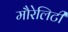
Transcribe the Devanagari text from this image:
मौरेलिटी